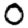
Digit: 0